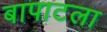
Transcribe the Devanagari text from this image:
बापाटला